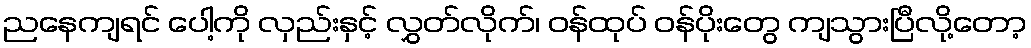
ညနေကျရင် ပေါ့ကို လှည်းနှင့် လွှတ်လိုက်၊ ဝန်ထုပ် ဝန်ပိုးတွေ ကျသွားပြီလို့တော့